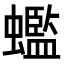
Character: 𧓦